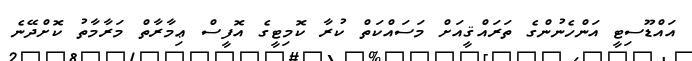
އައްޑޫސިޓީ އަންހެނުންގެ ތަރައްޤީއަށް މަސައްކަތް ކުރާ ކޮމިޓީގެ އޮފީސް ޢިމާރާތް މަރާމާތު ކޮށްދޭނެ